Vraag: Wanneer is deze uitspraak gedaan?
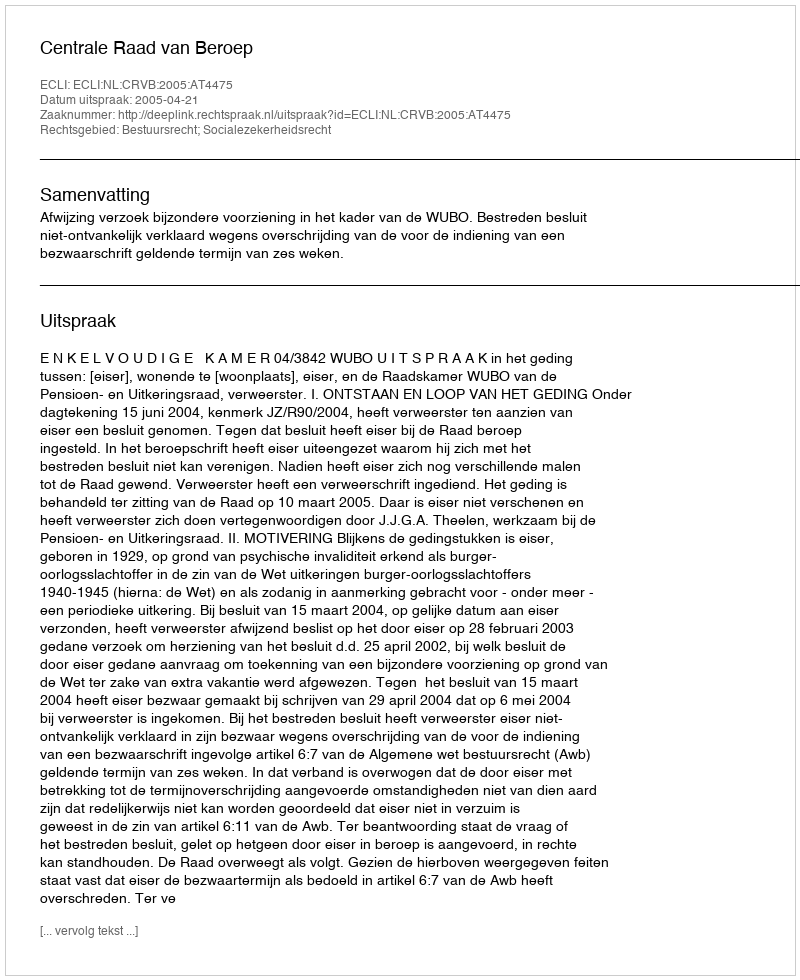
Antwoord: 2005-04-21